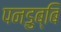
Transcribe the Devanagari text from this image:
पनडुब्बि